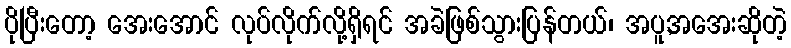
ပိုပြီးတော့ အေးအောင် လုပ်လိုက်လို့ရှိရင် အခဲဖြစ်သွားပြန်တယ်၊ အပူ,အအေးဆိုတဲ့